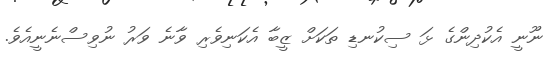
ނޫނީ އެކުދިންގެ ޅަ ސިކުނޑި ތަކަށް ޒީބާ އެކަނިވެރި ވާނެ ވަރު ނުވިސްނެނީއެވެ.